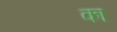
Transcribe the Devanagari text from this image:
का